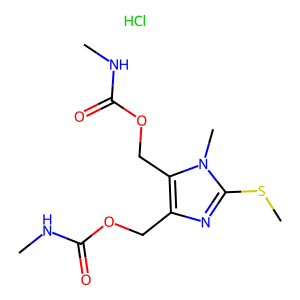
SMILES: CNC(=O)OCc1nc(SC)n(C)c1COC(=O)NC.Cl
Inhibits HIV replication: No